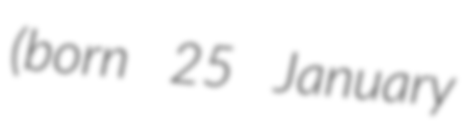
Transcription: (born 25 January